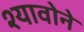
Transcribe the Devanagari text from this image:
श्यावोने